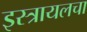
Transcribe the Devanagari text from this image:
इस्त्रायलचा